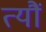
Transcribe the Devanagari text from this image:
त्‍यौं